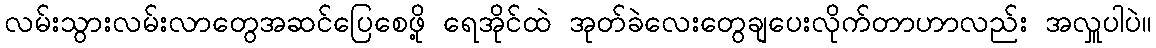
လမ်းသွားလမ်းလာတွေအဆင်ပြေစေဖို့ ရေအိုင်ထဲ အုတ်ခဲလေးတွေချပေးလိုက်တာဟာလည်း အလှူပါပဲ။